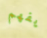
يفهم